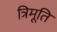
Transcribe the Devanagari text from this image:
त्रिमूति